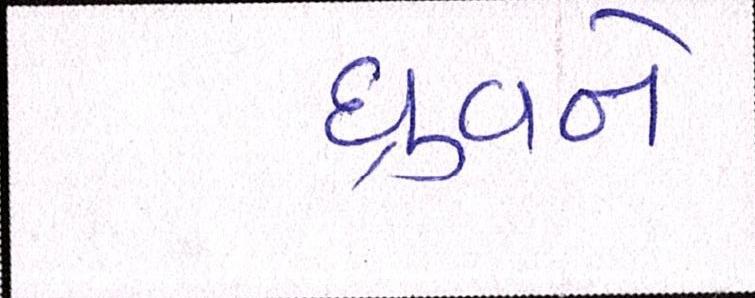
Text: ધ્રુવને